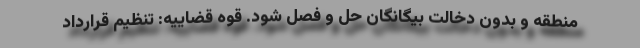
منطقه و بدون دخالت بیگانگان حل و فصل شود. قوه قضاییه: تنظیم قراردادِ